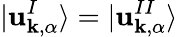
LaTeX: |\mathbf{u}_{\mathbf{{k}},\alpha}^{I}\rangle=|\mathbf{u}_{\mathbf{{k}},\alpha}^{II}\rangle